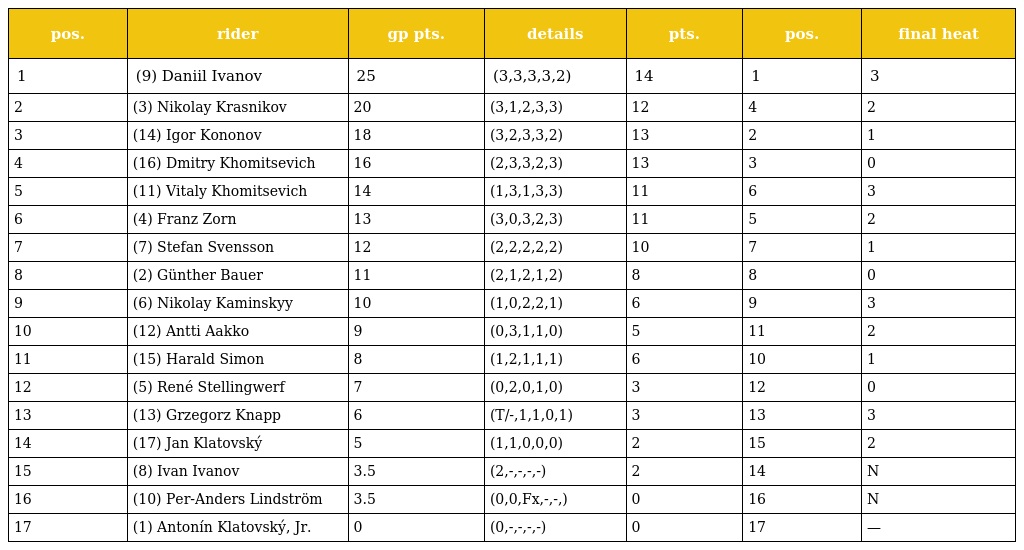
| pos. | rider | gp pts. | details | pts. | pos. | final heat |
 | --- | --- | --- | --- | --- | --- | --- |
 | 1 | (9) Daniil Ivanov | 25 | (3,3,3,3,2) | 14 | 1 | 3 |
 | 2 | (3) Nikolay Krasnikov | 20 | (3,1,2,3,3) | 12 | 4 | 2 |
 | 3 | (14) Igor Kononov | 18 | (3,2,3,3,2) | 13 | 2 | 1 |
 | 4 | (16) Dmitry Khomitsevich | 16 | (2,3,3,2,3) | 13 | 3 | 0 |
 | 5 | (11) Vitaly Khomitsevich | 14 | (1,3,1,3,3) | 11 | 6 | 3 |
 | 6 | (4) Franz Zorn | 13 | (3,0,3,2,3) | 11 | 5 | 2 |
 | 7 | (7) Stefan Svensson | 12 | (2,2,2,2,2) | 10 | 7 | 1 |
 | 8 | (2) Günther Bauer | 11 | (2,1,2,1,2) | 8 | 8 | 0 |
 | 9 | (6) Nikolay Kaminskyy | 10 | (1,0,2,2,1) | 6 | 9 | 3 |
 | 10 | (12) Antti Aakko | 9 | (0,3,1,1,0) | 5 | 11 | 2 |
 | 11 | (15) Harald Simon | 8 | (1,2,1,1,1) | 6 | 10 | 1 |
 | 12 | (5) René Stellingwerf | 7 | (0,2,0,1,0) | 3 | 12 | 0 |
 | 13 | (13) Grzegorz Knapp | 6 | (T/-,1,1,0,1) | 3 | 13 | 3 |
 | 14 | (17) Jan Klatovský | 5 | (1,1,0,0,0) | 2 | 15 | 2 |
 | 15 | (8) Ivan Ivanov | 3.5 | (2,-,-,-,-) | 2 | 14 | N |
 | 16 | (10) Per-Anders Lindström | 3.5 | (0,0,Fx,-,-,) | 0 | 16 | N |
 | 17 | (1) Antonín Klatovský, Jr. | 0 | (0,-,-,-,-) | 0 | 17 | — |